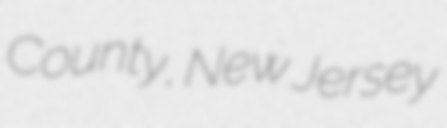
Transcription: County, New Jersey